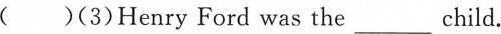
( )(3)Henry Ford was the ___ child.